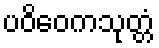
ပဝိဝေကသုတ္တံ